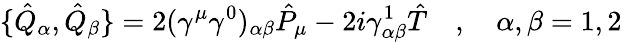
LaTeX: \{ \hat{Q}_{\alpha},\hat{Q}_{\beta}\} =2(\gamma^{\mu}\gamma^{0})_{\alpha\beta}\hat{P}_{\mu}-2i\gamma_{\alpha\beta}^{1}\hat{T}\quad,\quad\alpha,\beta=1,2